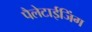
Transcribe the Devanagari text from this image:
पैलेटाईजिंग